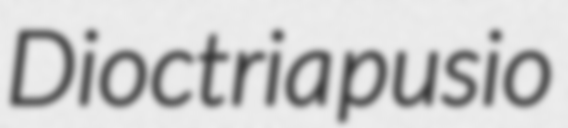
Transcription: Dioctria pusio